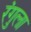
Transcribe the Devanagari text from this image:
रंगुला